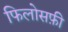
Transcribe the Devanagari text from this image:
फिलोसफ़ी